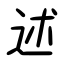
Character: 述